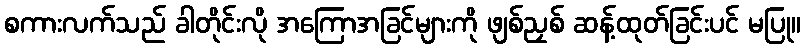
စကားလက်သည် ခါတိုင်းလို အကြောအခြင်များကို ဖျစ်ညှစ် ဆန့်ထုတ်ခြင်းပင် မပြု။